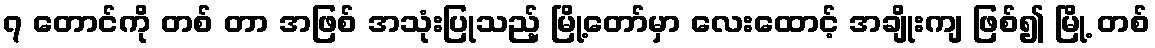
၇ တောင်ကို တစ် တာ အဖြစ် အသုံးပြုသည့် မြို့တော်မှာ လေးထောင့် အချိုးကျ ဖြစ်၍ မြို့ တစ်